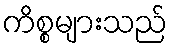
ကိစ္စများသည်